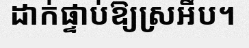
ដាក់ផ្ទាប់ឱ្យស្រអឹប។